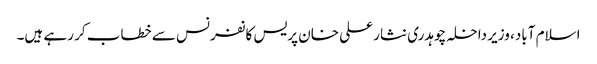
اسلام آباد، وزیر داخلہ چوہدری نثار علی خان پریس کانفرنس سے خطاب کر رہے ہیں۔